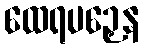
ထေရပဉှေန